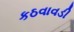
કઠવાવડી